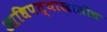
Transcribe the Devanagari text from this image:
आधिपत्याखालीच